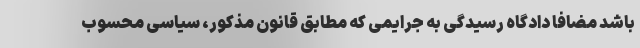
باشد مضافا دادگاه رسیدگی به جرایمی که مطابق قانون مذکور، سیاسی محسوب